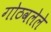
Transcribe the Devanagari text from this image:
गोठवलेले